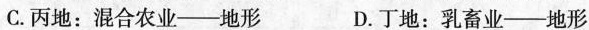
C.丙地：混合农业——地形 D.丁地：乳畜业——地形